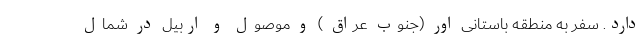
دارد. سفر به منطقه باستانی اور (جنوب عراق ) و موصول و اربیل در شمال